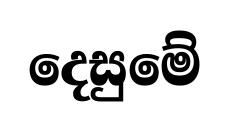
දෙසුමේ